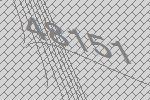
48151